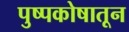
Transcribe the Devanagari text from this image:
पुष्पकोषातून